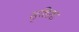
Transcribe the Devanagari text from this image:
सुसिला